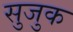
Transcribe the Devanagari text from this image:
सुजुक